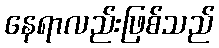
နေရာလည်းဖြစ်သည်